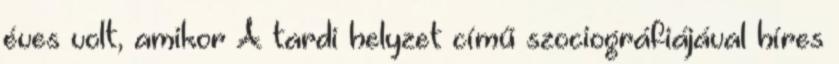
éves volt, amikor A tardi helyzet című szociográfiájával híres